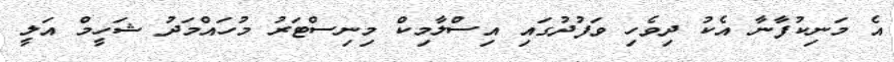
އެ މަނިކުފާނާ އެކު ދިވެހި ވަފުދުގައި އިސްލާމިކް މިނިސްޓަރު މުހައްމަދު ޝަހީމް އަލީ